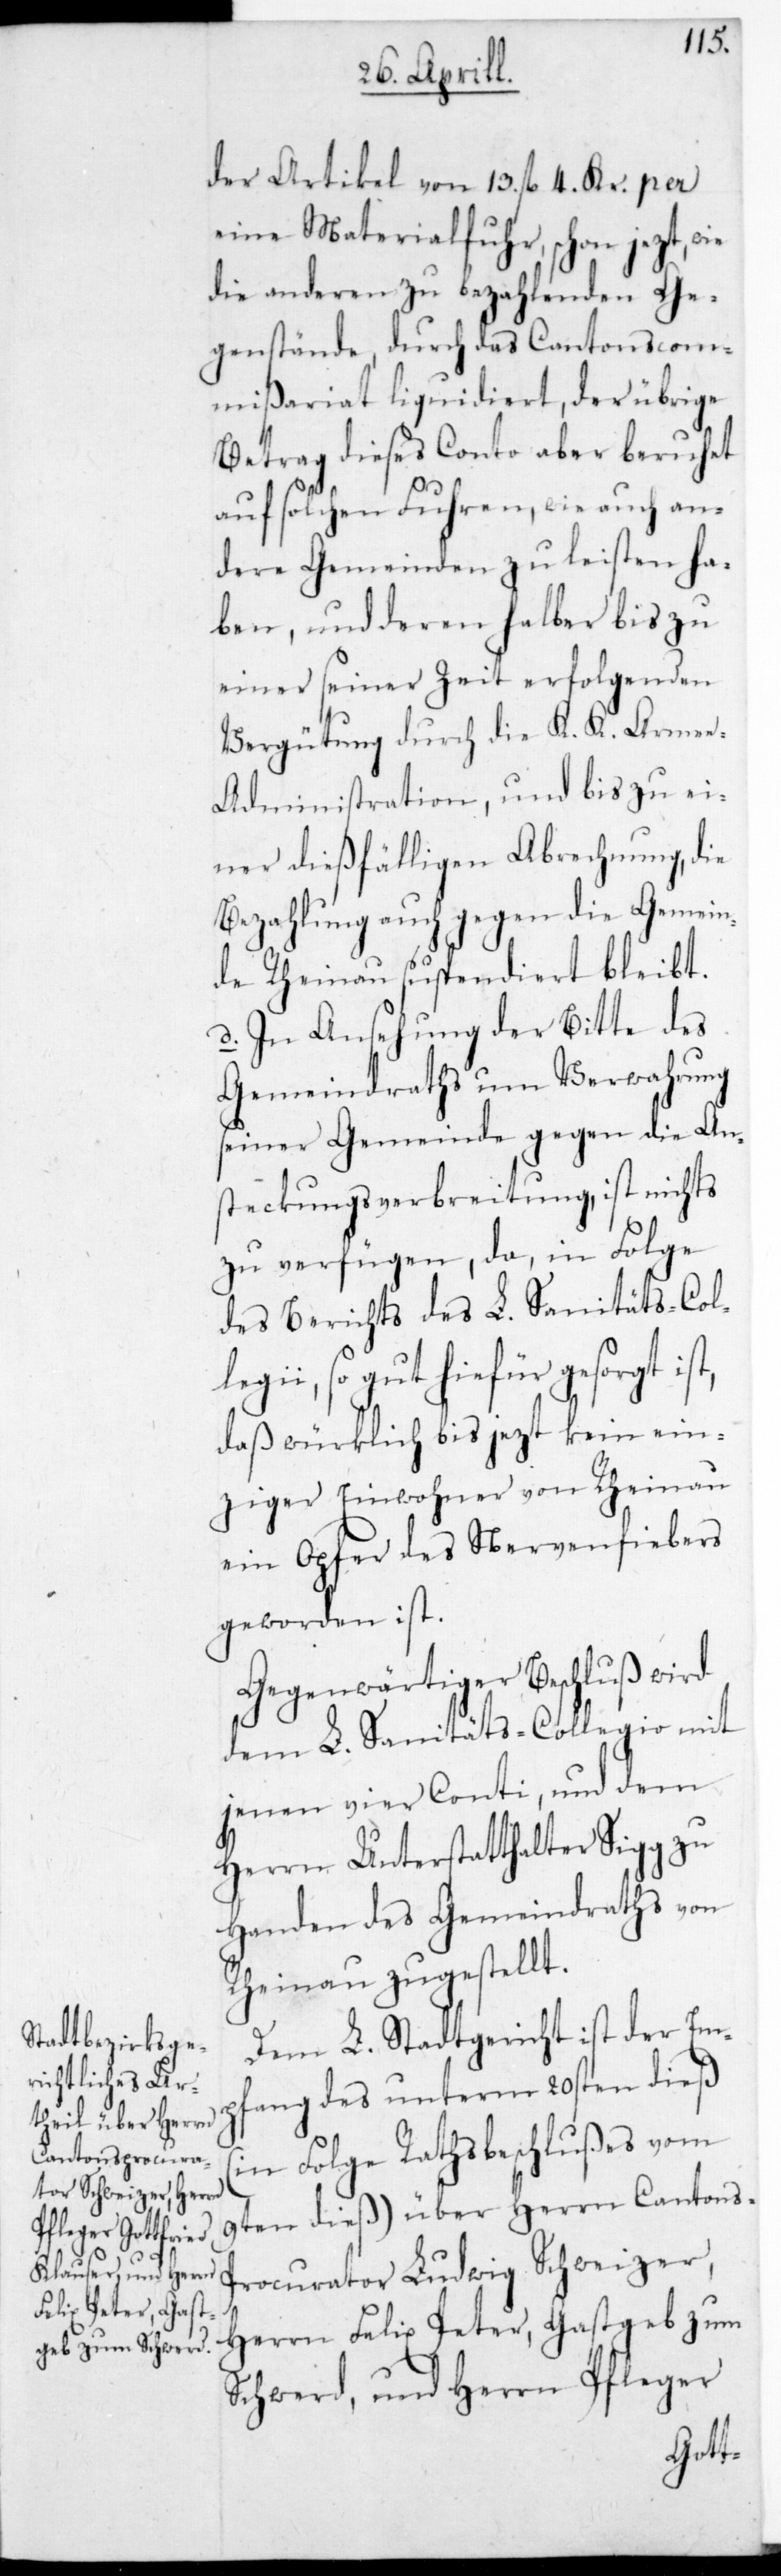
der Artikel von 13. fl. 4. Kr. per
eine Materialfuhr, schon jetzt, wie
die anderen zu bezahlenden Ge¬
genstände, durch das Cantonscom¬
mißariat liquidiert, der übrige
Betrag dieses Conto aber beruhet
auf solchen Fuhren, wie auch an¬
dere Gemeinden zu leisten ha¬
ben, und deren halber bis zu
einer seiner Zeit erfolgenden
Vergütung durch die K. K. Arme¬
e-Administration, und bis zu ei¬
ner dießfälligen Abrechnung, die
Bezahlung auch gegen die Gemein¬
de Rheinau suspendiert bleibt.
d. In Ansehung der Bitte des
Gemeindraths um Verwahrung
seiner Gemeinde gegen die An¬
steckungs-Verbreitung, ist nichts
zu verfügen, da in Folge
des Berichts des L. Saniätscoll¬
egii, so gut hiefür gesorgt ist,
daß würklich bis jetzt kein ein¬
ziger Einwohner von Rheinau
ein Opfer des Nervenfiebers
geworden ist.
Gegenwärtiger Beschluß wird
dem L. Sanitäts-Collegio mit
jenen vier Conti, und dem
Herrn Unterstatthalter Sigg zu
Handen des Gemeindraths von
Rheinau zugestellt
Dem L. Stadtgericht ist der Em¬
pfang des unterm 20sten dieß
(in Folge Rathsbeschlußes vom
9ten dieß) über Herrn Cantons¬
procurator Ludwig Schweizer,
Herrn Felix Peter, Gastgeb zum
Schwerd, und Herrn Pfleger